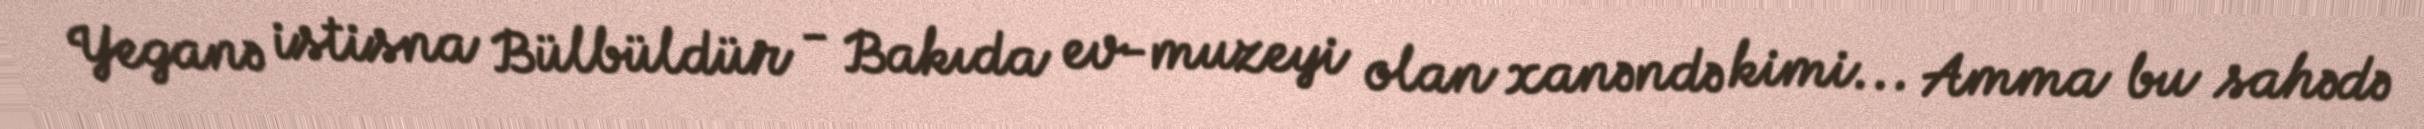
Yeganə istisna Bülbüldür - Bakıda ev-muzeyi olan xanəndə kimi... Amma bu sahədə